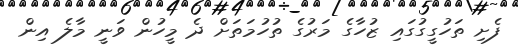
ފެށި ތަހުގީގުގައި ޒުހާގެ މަރުގެ ތުހުމަތަށް ދެ މީހުން ވަނީ މާލެ އިން